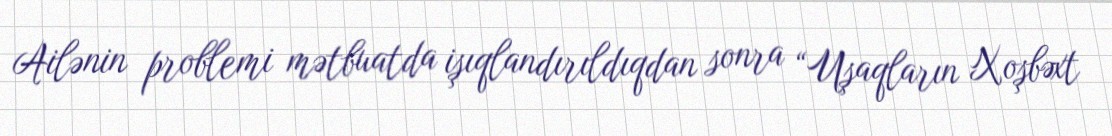
Ailənin problemi mətbuatda işıqlandırıldıqdan sonra “Uşaqların Xoşbəxt